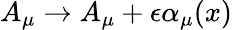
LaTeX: A_{\mu}\to A_{\mu}+\epsilon\alpha_{\mu}(x)